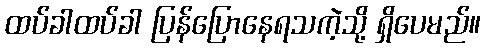
ထပ်ခါထပ်ခါ ပြန်ပြောနေရသကဲ့သို့ ရှိပေမည်။